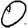
Digit: 0